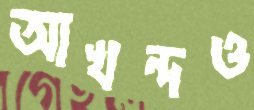
আখন্দও